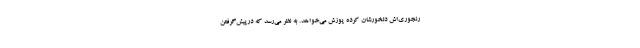
‌رنجوری‌اش دلخورشان کرده پوزش می‌خواهد. به نظر می‌رسد که درپیش‌گرفتنِ